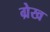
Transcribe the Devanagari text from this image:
ग्रेख